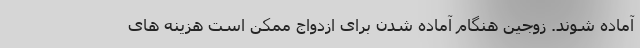
آماده شوند. زوجین هنگام آماده شدن برای ازدواج ممکن است هزینه های